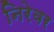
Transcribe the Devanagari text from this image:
निरेवर